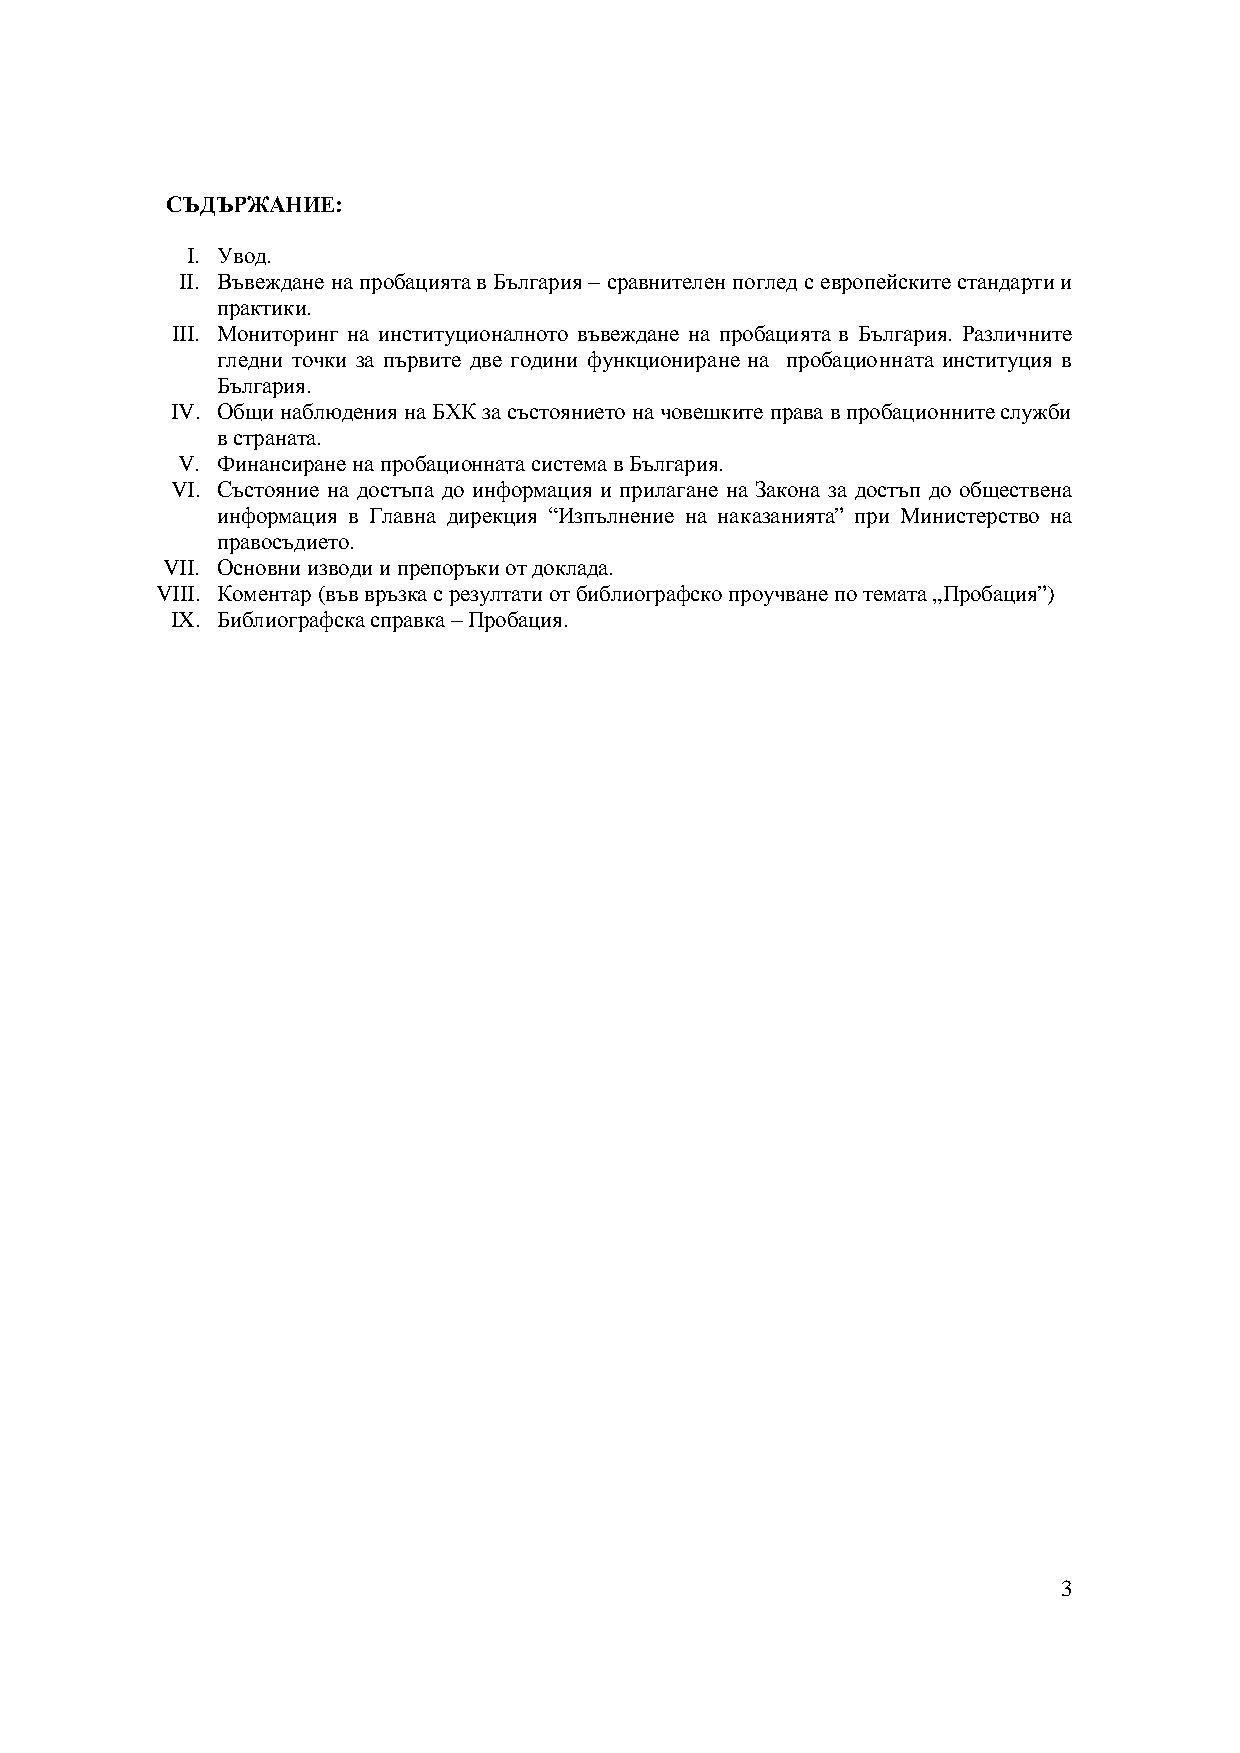
СЪДЪРЖАНИЕ:
 I. Увод.
 II. Въвеждане на пробацията в България– сравнителен поглед с европейските стандарти и
 практики.
 III. Мониторинг на институционалното въвеждане на пробацията в България. Различните
 гледни точки за първите две години функциониране на пробационната институция в
 България.
 IV. Общи наблюдения на БХК за състоянието на човешките права в пробационните служби
 в страната.
 V. Финансиране на пробационната система в България.
 VI. Състояние на достъпа до информация и прилагане на Закона за достъп до обществена
 информация в Главна дирекция “Изпълнение на наказанията” при Министерство на
 правосъдието.
 VII. Основни изводи и препоръки от доклада.
 VIII. Коментар(във връзка с резултати от библиографско проучване по темата „Пробация”)
 IX. Библиографска справка– Пробация.
 3